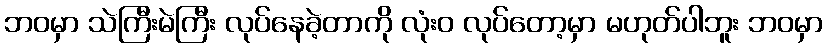
ဘဝမှာ သဲကြီးမဲကြီး လုပ်နေခဲ့တာကို လုံးဝ လုပ်တော့မှာ မဟုတ်ပါဘူး ဘဝမှာ